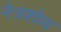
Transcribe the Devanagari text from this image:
नेत्रशोथ